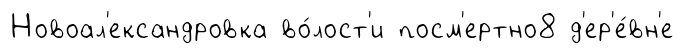
Новоал'ександровка во́лост'и посм'ертно8 д'ер'е́вн'е